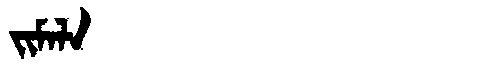
Manchu: ᠵᡳᠮᠠᠯᠠ
Romanization: JIMALA